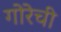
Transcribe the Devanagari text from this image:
गोरेची